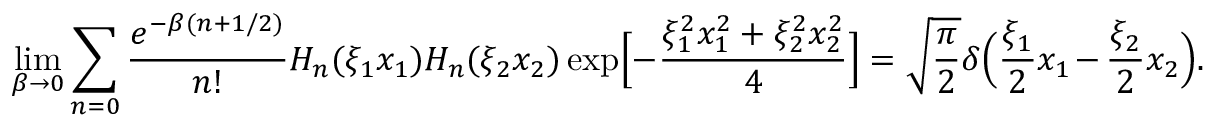
\operatorname * { l i m } _ { \beta \to 0 } \sum _ { n = 0 } \frac { e ^ { - \beta ( n + 1 / 2 ) } } { n ! } H _ { n } ( \xi _ { 1 } x _ { 1 } ) H _ { n } ( \xi _ { 2 } x _ { 2 } ) \exp \Bigl [ - \frac { \xi _ { 1 } ^ { 2 } x _ { 1 } ^ { 2 } + \xi _ { 2 } ^ { 2 } x _ { 2 } ^ { 2 } } { 4 } \Bigr ] = \sqrt { \frac { \pi } { 2 } } \delta \Bigl ( \frac { \xi _ { 1 } } { 2 } x _ { 1 } - \frac { \xi _ { 2 } } { 2 } x _ { 2 } \Bigr ) .